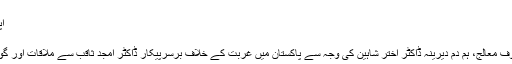
ڈاکتر امجد ثاقب کے لئے
اپنا زمانہ آپ بناتے ہیں اہلِ دِل
ناصر علی مرزا معطل
گذشتہ دنوں آنکھوں کے معروف معالج، ہم دم دیرینہ ڈاکٹر اختر شاہین کی وجہ سے پاکستان میں غربت کے خلاف برسرپیکار ڈاکٹر امجد ثاقب سے ملاقات اور گوجرانوالہ سفر کا موقع مل گیا۔